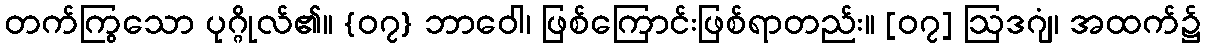
တက်ကြွသော ပုဂ္ဂိုလ်၏။ {၀၇} ဘာဝေါ၊ ဖြစ်ကြောင်းဖြစ်ရာတည်း။ [၀၇] ဩဒဂျံ၊ အထက်၌